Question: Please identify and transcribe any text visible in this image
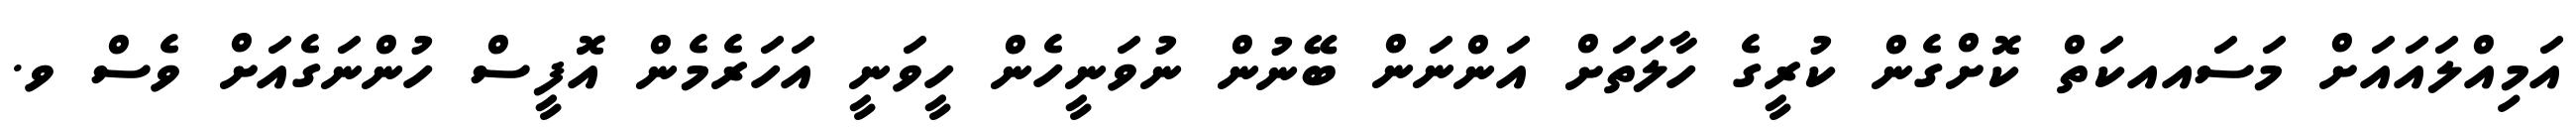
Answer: އަމިއްލައައަށް މަސައއކަތް ކޮށްގެން ކުރީގެ ހާލަތަށް އަންނަން ބޭނުން ނުވަނީހެން ހީވަނީ އަހަރެމެން އޮފީސް ހުންނަގެއަށް ވެސް ވ.